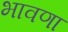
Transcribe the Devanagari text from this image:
भावणा